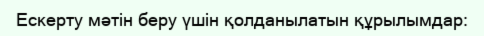
Ескерту мәтін беру үшін қолданылатын құрылымдар: